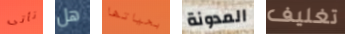
تأتى هل بحياتها المدونة تغليف